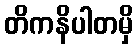
တိကနိပါတမှိ